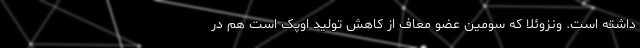
داشته است. ونزوئلا که سومین عضو معاف از کاهش تولید اوپک است هم در